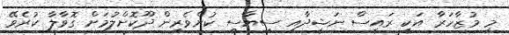
މި މުޒާހަރާ އަކީ ރައީސް ނަޝީދާއި ސިޔާސީ ކުށްވެރިން ދޫކޮށްލުމަށް ގޮވާލާ ކުރެވޭ